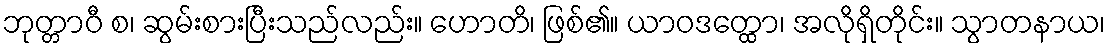
ဘုတ္တာဝီ စ၊ ဆွမ်းစားပြီးသည်လည်း။ ဟောတိ၊ ဖြစ်၏။ ယာဝဒတ္ထော၊ အလိုရှိတိုင်း။ သွာတနာယ၊